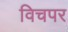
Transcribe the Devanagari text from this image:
विचपर